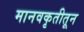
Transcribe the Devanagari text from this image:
मानवकृतीतून